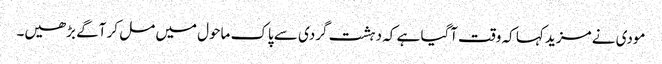
مودی نے مزید کہا کہ وقت آگیا ہے کہ دہشت گردی سے پاک ماحول میں مل کر آگے بڑھیں۔